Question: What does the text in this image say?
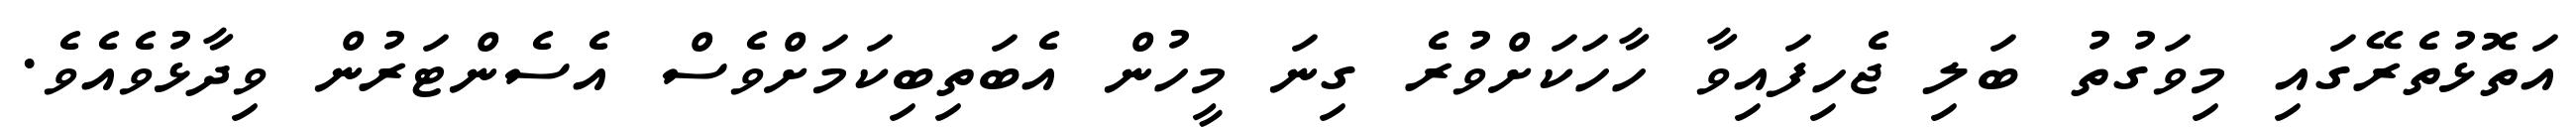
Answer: އަތޮޅުތެރޭގައި މިވަގުތު ބަލި ޖެހިފައިވާ ހާހަކަށްވުރެ ގިނަ މީހުން އެބަތިބިކަމަށްވެސް އެސެންޓަރުން ވިދާޅުވެއެވެ.